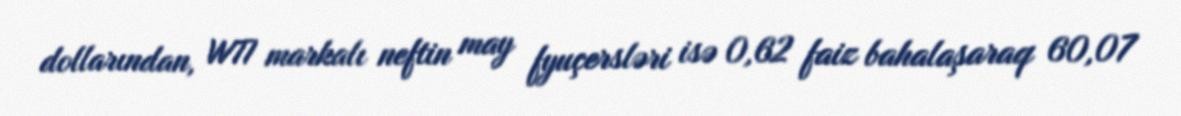
dollarından, WTI markalı neftin may fyuçersləri isə 0,62 faiz bahalaşaraq 60,07